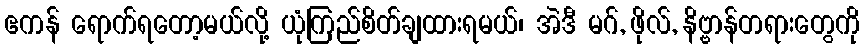
ဧကန် ရောက်ရတော့မယ်လို့ ယုံကြည်စိတ်ချထားရမယ်၊ အဲဒီ မဂ်, ဖိုလ်, နိဗ္ဗာန်တရားတွေကို